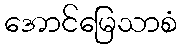
အောင်မြေသာစံ